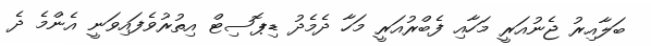
ބަލާއިރު ޖެނުއަރީ މަހާއި ފެބްރުއަރީ މަހާ ދެމެދު ޑިޕޮސިޓް އިތުރުވެފައިވަނީ އެންމެ ދެ